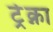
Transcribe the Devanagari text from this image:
ट्रेक्ना